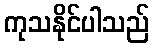
ကုသနိုင်ပါသည်